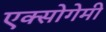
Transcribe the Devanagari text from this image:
एक्सोगेमी